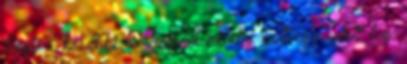
hogy a korábbi lemezeknél mindig volt egy adott tag,